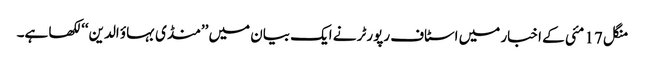
منگل 17 مئی کے اخبار میں اسٹاف رپورٹر نے ایک بیان میں ’’منڈی بہاؤ الدین‘‘ لکھا ہے۔